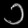
Digit: ၁